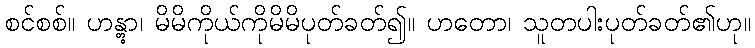
စင်စစ်။ ဟန္တွာ၊ မိမိကိုယ်ကိုမိမိပုတ်ခတ်၍။ ဟတော၊ သူတပါးပုတ်ခတ်၏ဟု။